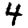
Digit: 4